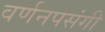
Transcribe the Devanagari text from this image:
वर्णनपसंगी